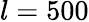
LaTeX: l=500